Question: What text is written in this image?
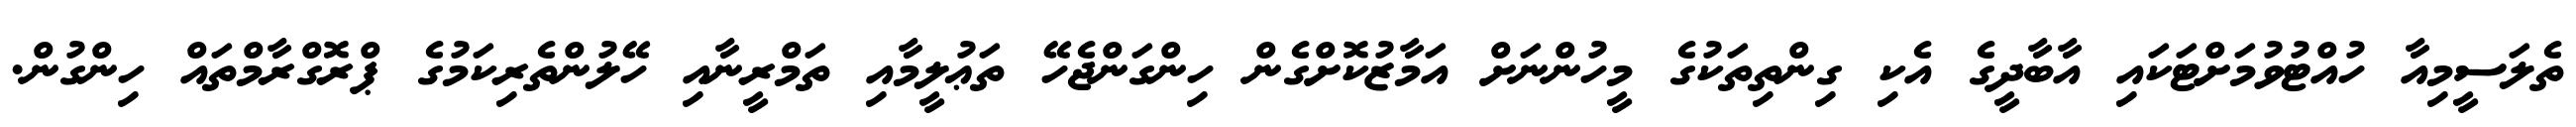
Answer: ތެލަސީމިއާ ހުއްޓުވުމަށްޓަކައި އާބާދީގެ އެކި ގިންތިތަކުގެ މީހުންނަށް އަމާޒުކޮށްގެން ހިންގަންޖެހޭ ތަޢުލީމާއި ތަމްރީނާއި ހޭލުންތެރިކަމުގެ ޕްރޮގްރާމްތައް ހިންގުން.